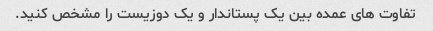
تفاوت های عمده بین یک پستاندار و یک دوزیست را مشخص کنید.